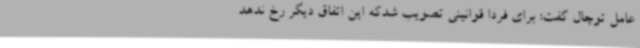
عامل توچال گفت: برای فردا قوانینی تصویب شدکه این اتفاق دیگر رخ ندهد